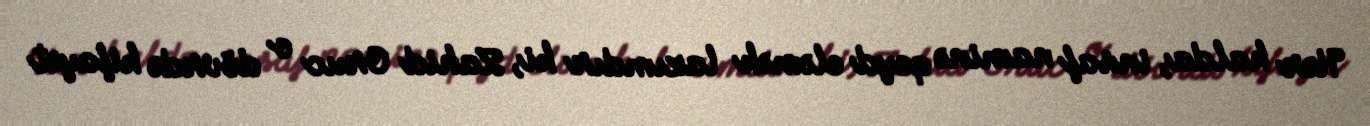
Hər halda, insaf naminə qeyd eləmək lazımdır ki, Zahid Oruc o dövrdə kifayət